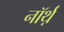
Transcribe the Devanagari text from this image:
नॉर्थ़